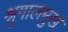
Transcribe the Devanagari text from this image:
श्रृगालमुख